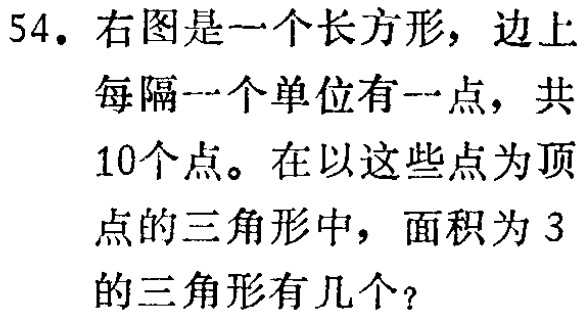
54. 右图是一个长方形，边上每隔一个单位有一点，共10个点。在以这些点为顶点的三角形中，面积为3的三角形有几个？